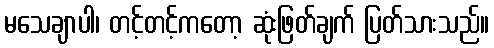
မသေချာပါ၊ တင့်တင့်ကတော့ ဆုံးဖြတ်ချက် ပြတ်သားသည်။